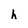
Character: h